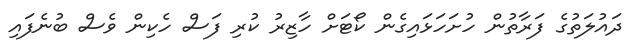
ދައުލަތުގެ ފަރާތުން ހުށަހަޅައިގެން ކޯޓަށް ހާޒިރު ކުރި ފަސް ހެކިން ވެސް ބުނެފައި